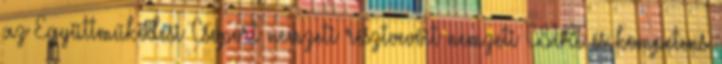
az Együttműködési Csoport nemzeti résztvevőit nemzeti CSIRT és kompetens